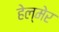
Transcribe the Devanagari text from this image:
हेल्मेर